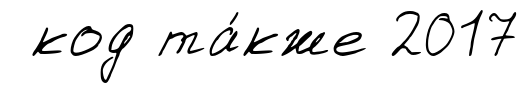
код та́кже 2017